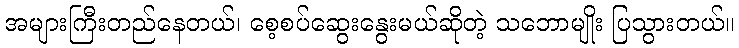
အများကြီးတည်နေတယ်၊ စေ့စပ်ဆွေးနွေးမယ်ဆိုတဲ့ သဘောမျိုး ပြသွားတယ်။